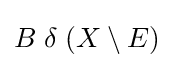
B\;\delta \;(X\setminus E)